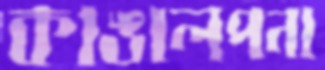
কাঙালপনা